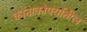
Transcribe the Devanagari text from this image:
कानाकोपर्यातील